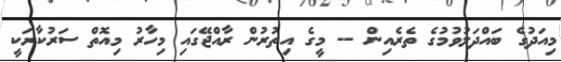
މިއަދުގެ ބައްދަލުވުމުގެ ތެރެއިން -- މީގެ އިތުރުން ރާއްޖޭގައި މިހާރު މިއޮތް ސަރުކާރަކީ